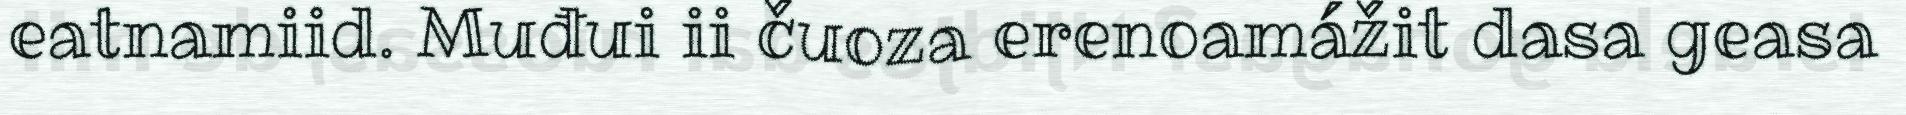
eatnamiid. Muđui ii čuoza erenoamážit dasa geasa